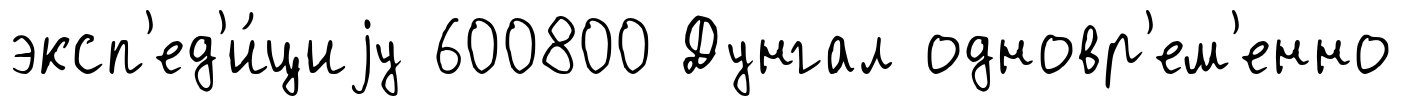
эксп'ед'и́циjу 600800 Дунгал одновр'ем'енно